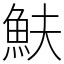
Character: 𩵩